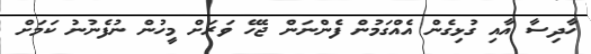
ހާދިސާ އާއި ގުޅިގެން އެއްގަމުން ފެންނަން ޖެހޭ ވަރަށް މީހުން ނުފެނުނު ކަމަށް